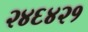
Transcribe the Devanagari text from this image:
२४६४२१